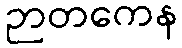
ဉာတကေန